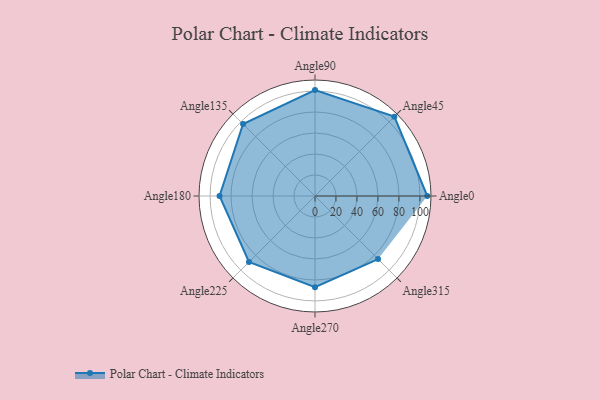
{"axis": {"x": "Angle", "y": "Radius"}, "legend": [""], "data": [{"x": "Angle0", "y": 107.0, "type": ""}, {"x": "Angle45", "y": 107.0, "type": ""}, {"x": "Angle90", "y": 101.0, "type": ""}, {"x": "Angle135", "y": 97.0, "type": ""}, {"x": "Angle180", "y": 91.0, "type": ""}, {"x": "Angle225", "y": 89.0, "type": ""}, {"x": "Angle270", "y": 87.0, "type": ""}, {"x": "Angle315", "y": 85.0, "type": ""}]}